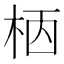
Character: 𣐸